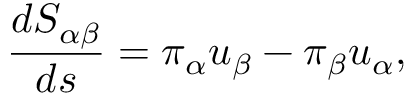
\frac { d S _ { \alpha \beta } } { d s } = \pi _ { \alpha } u _ { \beta } - \pi _ { \beta } u _ { \alpha } ,